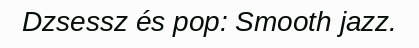
Dzsessz és pop: Smooth jazz.